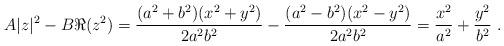
LaTeX: \begin{align*}A|z|^2-B\Re(z^2)=\frac{(a^2+b^2)(x^2+y^2)}{2a^2b^2}-\frac{(a^2-b^2)(x^2-y^2)}{2a^2b^2}=\frac{x^2}{a^2}+\frac{y^2}{b^2}\ .\end{align*}